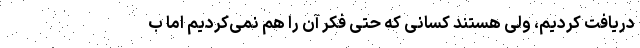
دریافت کردیم، ولی هستند کسانی که حتی فکر آن را هم نمی‌کردیم اما ب